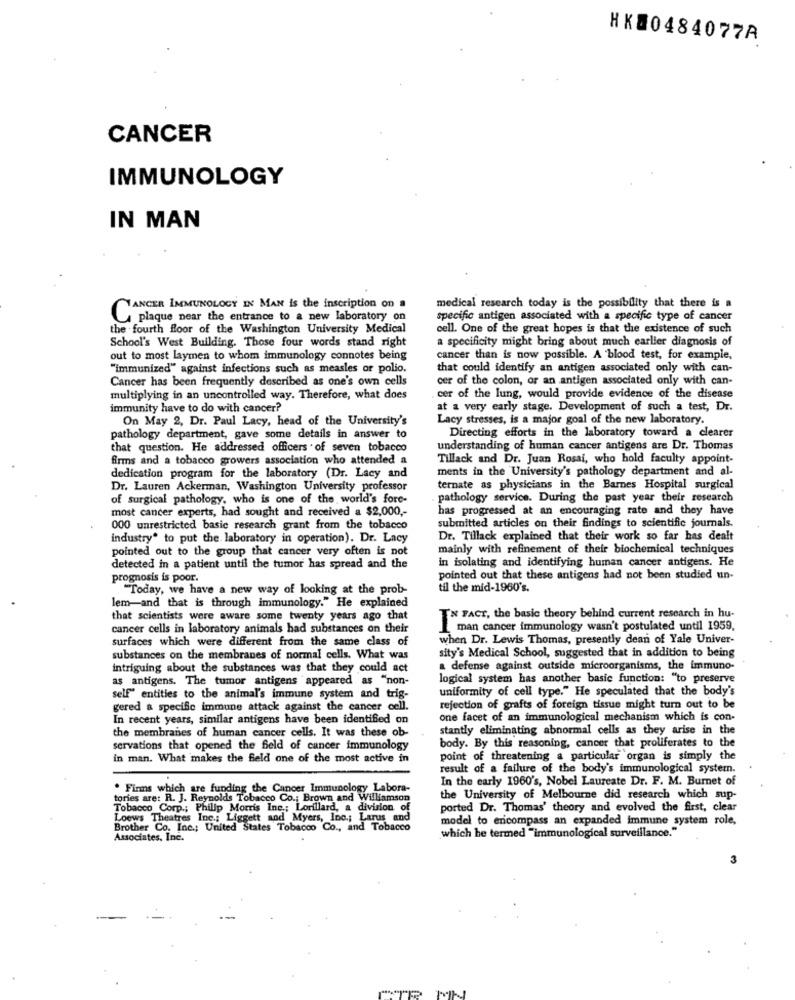
HK00484077A
CANCER
IMMUNOLOGY
IN MAN
ANCER IMMUNOLOGY IN MAN is the inscription on a
medical research today is the possibility that there is a
plaque near the entrance to a new laboratory on
specific antigen associated with a specific type of cancer
the fourth floor of the Washington University Medical
cell. One of the great hopes is that the existence of such
School's West Building. Those four words stand right
a specificity might bring about much carlier diagnosis of
out to most laymen to whom immunology connotes being
cancer than is now possible. A 'blood test, for example,
"immunized" against infections such as measles or polio.
that could identify an antigen associated only with can-
Cancer has been frequently described as one's own cells
cer of the colon, or an antigen associated only with can-
multiplying in an uncontrolled way. Therefore, what does
cer of the lung, would provide evidence of the disease
immunity have to do with cancer?
at a very early stage. Development of such a test, Dr.
On May 2, Dr. Paul Lacy, head of the University's
Lacy stresses, is a major goal of the new laboratory.
pathology department, gave some details in answer to
Directing efforts in the laboratory toward a clearer
that question. He addressed officers . of seven tobacco
understanding of human cancer antigens are Dr. Thomas
firms and a tobacco growers association who attended a
Tillack and Dr. Juan Rosai, who hold faculty appoint-
ments in the University's pathology department and al-
dedication program for the laboratory (Dr. Lacy and
Dr. Lauren Ackerman, Washington University professor
ternate as physicians in the Barnes Hospital surgical
of surgical pathology, who is one of the world's fore-
pathology service. During the past year their research
most cancer experts, had sought and received a $2,000 ,-
has progressed at an encouraging rate and they have
000 unrestricted basic research grant from the tobacco
submitted articles on their findings to scientific journals.
industry" to put the laboratory in operation). Dr. Lacy
Dr. Tillack explained that their work so far has dealt
pointed out to the group that cancer very often is not
mainly with refinement of their biochemical techniques
in isolating and identifying human cancer antigens. He
detected in a patient until the tumor has spread and the
prognosis is poor.
pointed out that these antigens had not been studied un-
"Today, we have a new way of looking at the prob-
til the mid-1960's.
lem-and that is through immunology." He explained
that scientists were aware some twenty years ago that
IN FACT, the basic theory behind current research in hu-
cancer cells in laboratory animals had substances on their
man cancer immunology wasn't postulated until 1959,
surfaces which were different from the same class of
when Dr. Lewis Thomas, presently dean of Yale Univer-
substances on the membranes of normal cells. What was
sity's Medical School, suggested that in addition to being
intriguing about the substances was that they could act
a defense against outside microorganisms, the immuno-
as antigens. The tumor antigens appeared as "non-
logical system has another basic function: "to preserve
uniformity of cell type." He speculated that the body's
self" entities to the animal's immune system and trig-
gered a specific immune attack against the cancer cell.
rejection of grafts of foreign tissue might turn out to be
In recent years, similar antigens have been identified on
one facet of an immunological mechanism which is con-
the membranes of human cancer cells. It was these ob-
stantly eliminating abnormal cells as they arise in the
servations that opened the field of cancer immunology
body. By this reasoning, cancer that proliferates to the
in man. What makes the feld one of the most active in
point of threatening a particular organ is simply the
result of a failure of the body's immunological systemn.
In the early 1960's, Nobel Laureate Dr. F. M. Burnet of
. Finns which are funding the Cancer Immunology Labora-
tories are: R. J. Reynolds Tobacco Co .; Brown and Williamson
the University of Melbourne did research which sup-
Tobacco Corp .; Philip Morris Inc .; Lorillard, a division of
ported Dr. Thomas' theory and evolved the first, clear
Loews Theatres Inc .: Liggett and Myers, Inc .; Larus and
Brother Co. Inc .; United States Tobacco Co ., and Tobacco
model to encompass an expanded immune system role,
which he termed "immunological surveillance."
Associates, Inc.